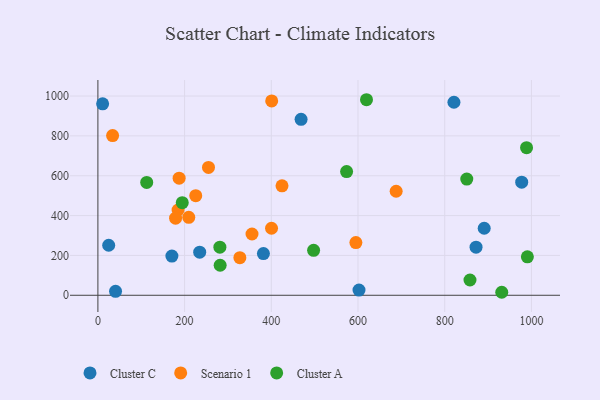
{"axis": {"x": "Investment", "y": "Sales"}, "legend": ["Cluster A", "Cluster C", "Scenario 1"], "data": [{"x": "891.1", "y": 336.5, "type": "Cluster C"}, {"x": "24.9", "y": 251.2, "type": "Cluster C"}, {"x": "10.9", "y": 960.9, "type": "Cluster C"}, {"x": "602.3", "y": 26.1, "type": "Cluster C"}, {"x": "872.3", "y": 241.5, "type": "Cluster C"}, {"x": "977.6", "y": 567.8, "type": "Cluster C"}, {"x": "468.7", "y": 883.3, "type": "Cluster C"}, {"x": "234.8", "y": 216.4, "type": "Cluster C"}, {"x": "170.7", "y": 196.9, "type": "Cluster C"}, {"x": "40.7", "y": 20.1, "type": "Cluster C"}, {"x": "821.3", "y": 968.8, "type": "Cluster C"}, {"x": "381.8", "y": 209.1, "type": "Cluster C"}, {"x": "595.1", "y": 264.6, "type": "Scenario 1"}, {"x": "255.1", "y": 641.5, "type": "Scenario 1"}, {"x": "225.7", "y": 499.7, "type": "Scenario 1"}, {"x": "400.9", "y": 975.6, "type": "Scenario 1"}, {"x": "355.5", "y": 307.7, "type": "Scenario 1"}, {"x": "184.9", "y": 428.1, "type": "Scenario 1"}, {"x": "327.5", "y": 188.6, "type": "Scenario 1"}, {"x": "179.2", "y": 386.8, "type": "Scenario 1"}, {"x": "424.7", "y": 549.3, "type": "Scenario 1"}, {"x": "33.9", "y": 801.4, "type": "Scenario 1"}, {"x": "400.5", "y": 336.5, "type": "Scenario 1"}, {"x": "187.4", "y": 588.0, "type": "Scenario 1"}, {"x": "688.0", "y": 522.2, "type": "Scenario 1"}, {"x": "209.6", "y": 391.1, "type": "Scenario 1"}, {"x": "194.6", "y": 465.0, "type": "Cluster A"}, {"x": "573.7", "y": 620.8, "type": "Cluster A"}, {"x": "497.6", "y": 225.4, "type": "Cluster A"}, {"x": "990.7", "y": 193.0, "type": "Cluster A"}, {"x": "619.6", "y": 981.5, "type": "Cluster A"}, {"x": "112.6", "y": 566.6, "type": "Cluster A"}, {"x": "988.8", "y": 740.8, "type": "Cluster A"}, {"x": "281.4", "y": 241.7, "type": "Cluster A"}, {"x": "282.0", "y": 150.8, "type": "Cluster A"}, {"x": "931.6", "y": 15.1, "type": "Cluster A"}, {"x": "850.9", "y": 583.4, "type": "Cluster A"}, {"x": "858.3", "y": 76.7, "type": "Cluster A"}]}